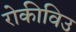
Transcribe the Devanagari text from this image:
रोकीविउ